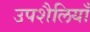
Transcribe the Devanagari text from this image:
उपशैलियाँ